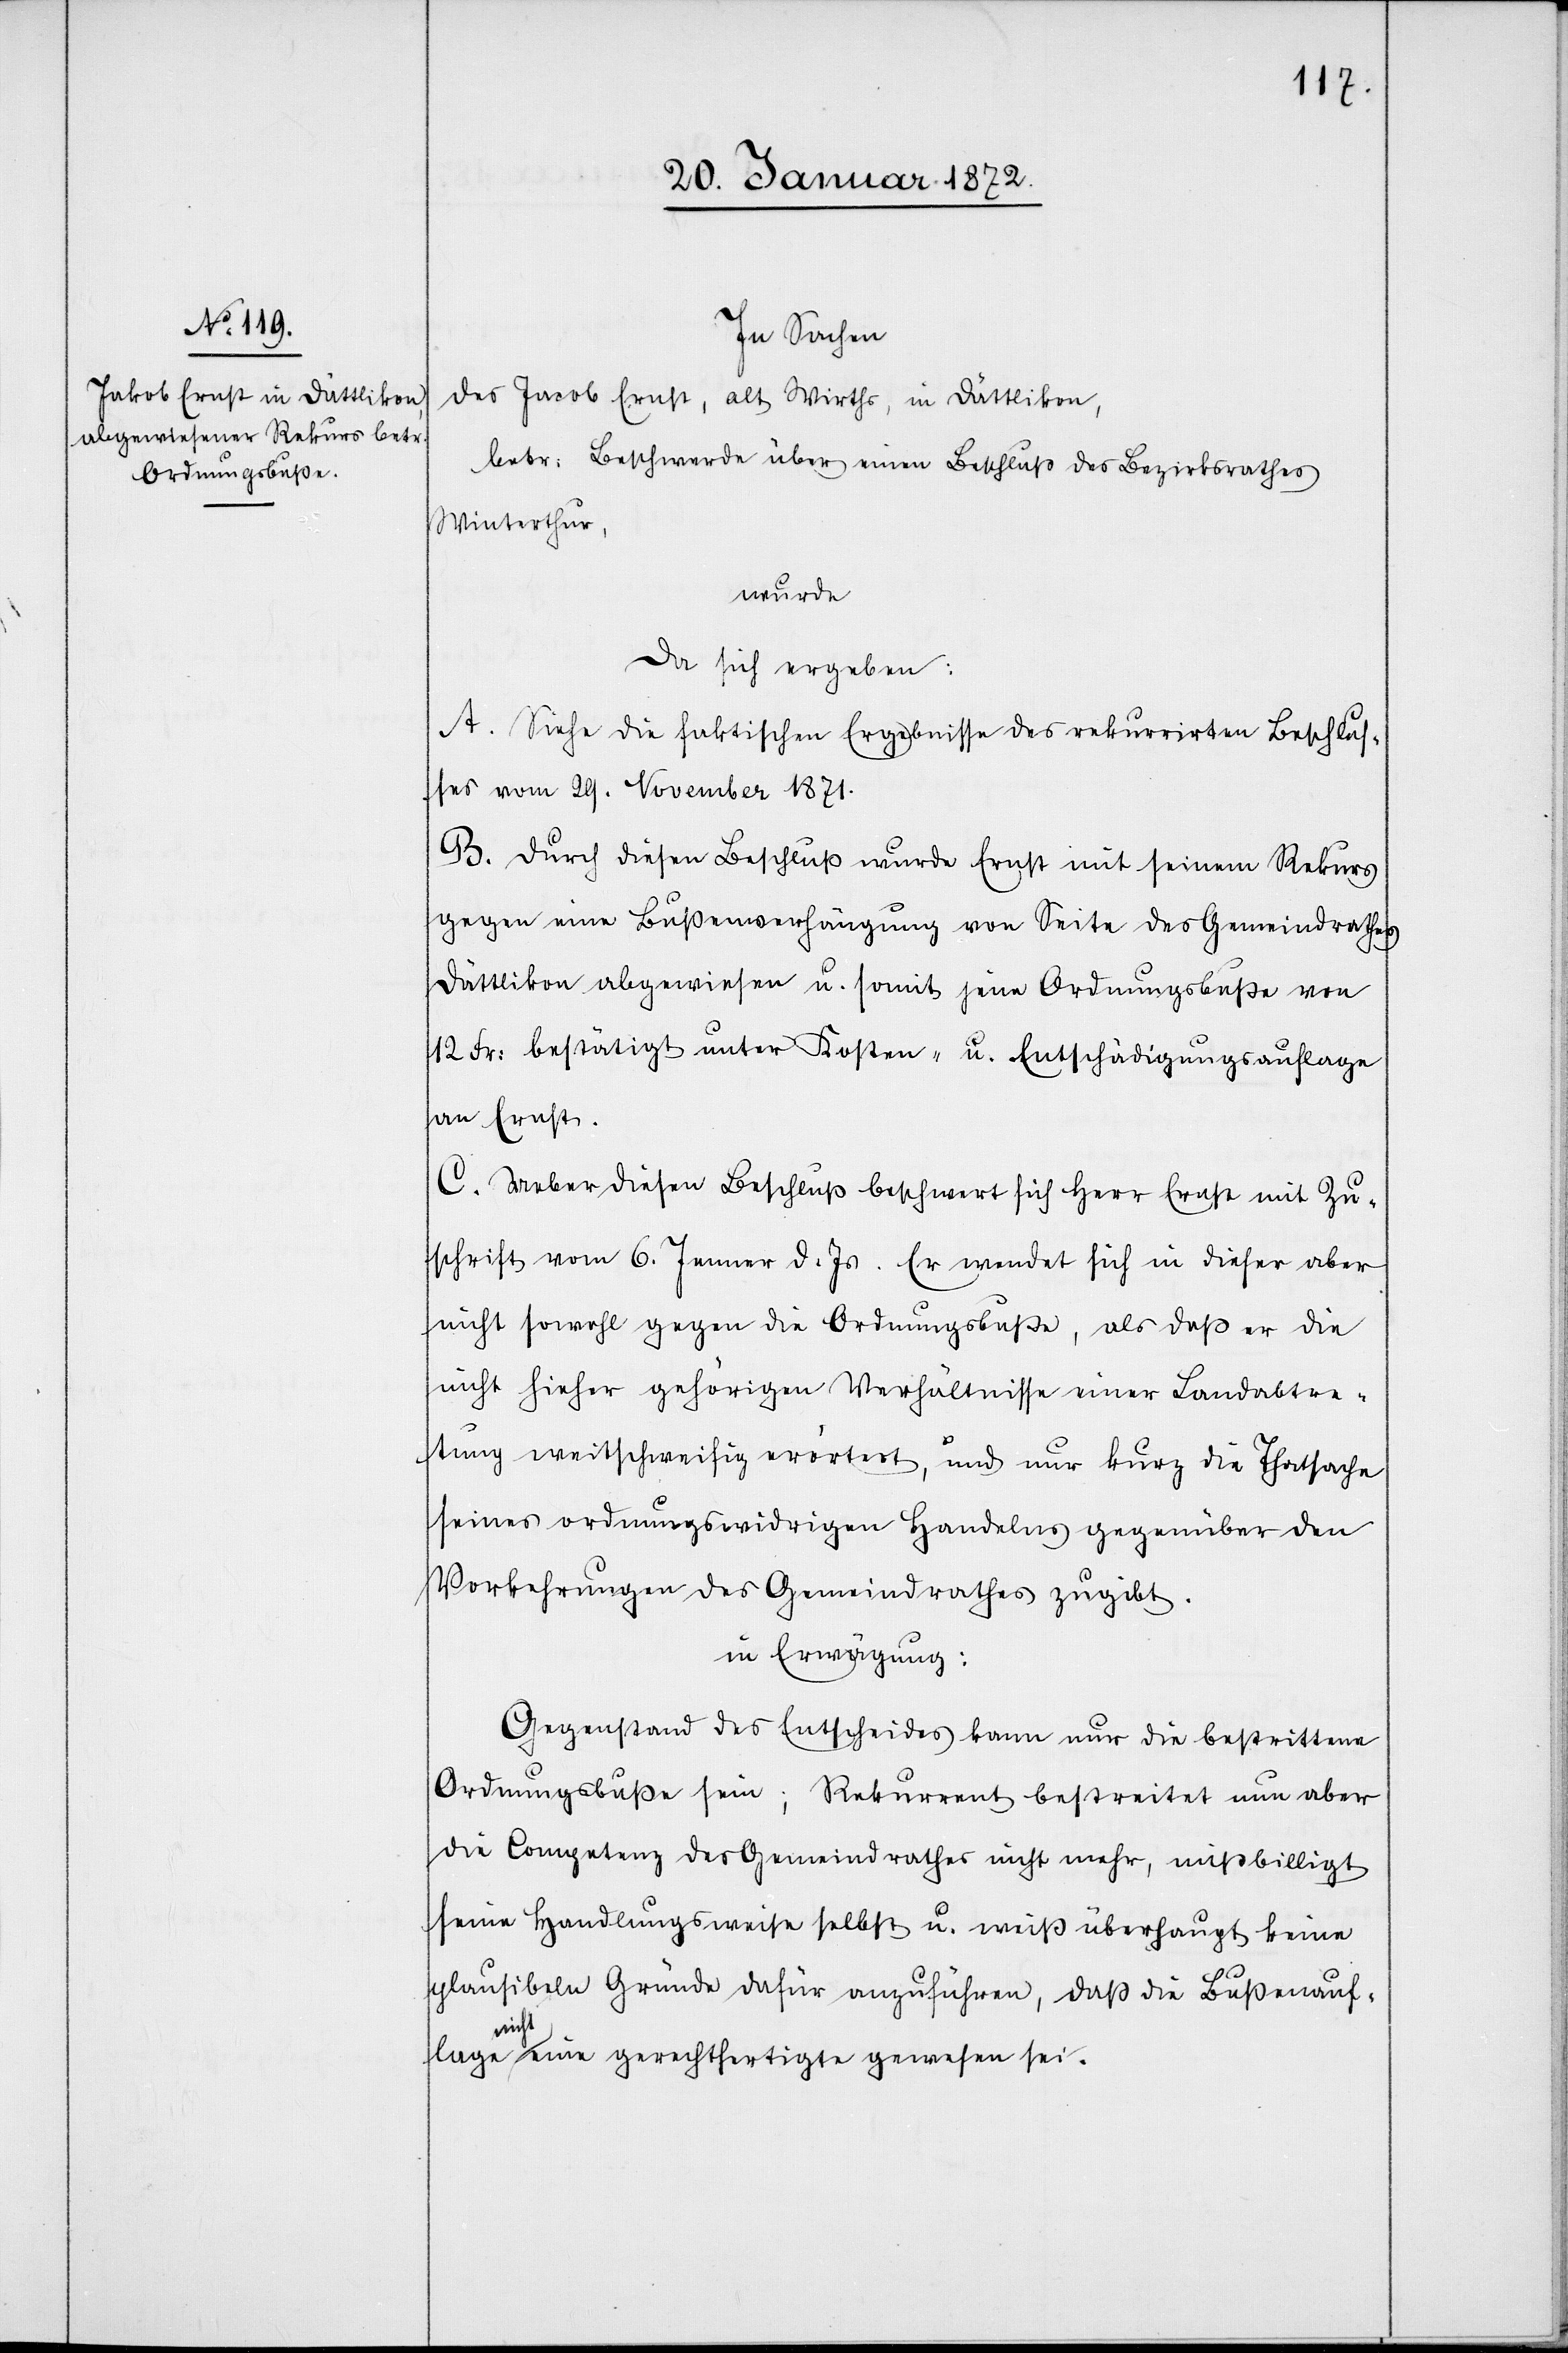
In Sachen
des Jacob [sic!] Ernst, alt Wirths, in Dättlikon,
betr: Beschwerde über einen Beschluß des Bezirksrathes
Winterthur,
wurde
da sich ergeben:
A. Siehe die faktischen Ergebnisse des rekurrirten Beschluß¬
es vom 29. November 1871.
B. Durch diesen Beschluß wurde Ernst mit seinem Rekurs
gegen eine Bußenverhängung von Seite des Gemeindrathes
Dättlikon abgewiesen u. somit jene Ordnungsbuße von
12. Fr: bestätigt unter Kosten- u. Entschädigungsauflage
an Ernst.
C. Ueber diesen Beschluß beschwert sich Herr Ernst mit Zu¬
schrift vom 6. Jenner d. Js. Er wendet sich in dieser aber
nicht sowohl gegen die Ordnungsbuße, als daß er die
nicht hieher gehörigen Verhältnisse einer Landabtre¬
tung weitschweifig erörtert, und nur kurz die Thatsache
seines ordnungswidrigen Handelns gegenüber den
Vorkehrungen des Gemeindrathes zugibt.
in Erwägung:
Gegenstand des Entscheides kann nur die bestrittene
Ordnungsbuße sein; Rekurrent bestreitet nun aber
die Competenz des Gemeindrathes nicht mehr, mißbilligt
seine Handlungsweise selbst u. weiß überhaupt keine
plausibeln Gründe dafür anzuführen, daß die Bußenauf¬
lage nicht eine gerechtfertigte gewesen sei.